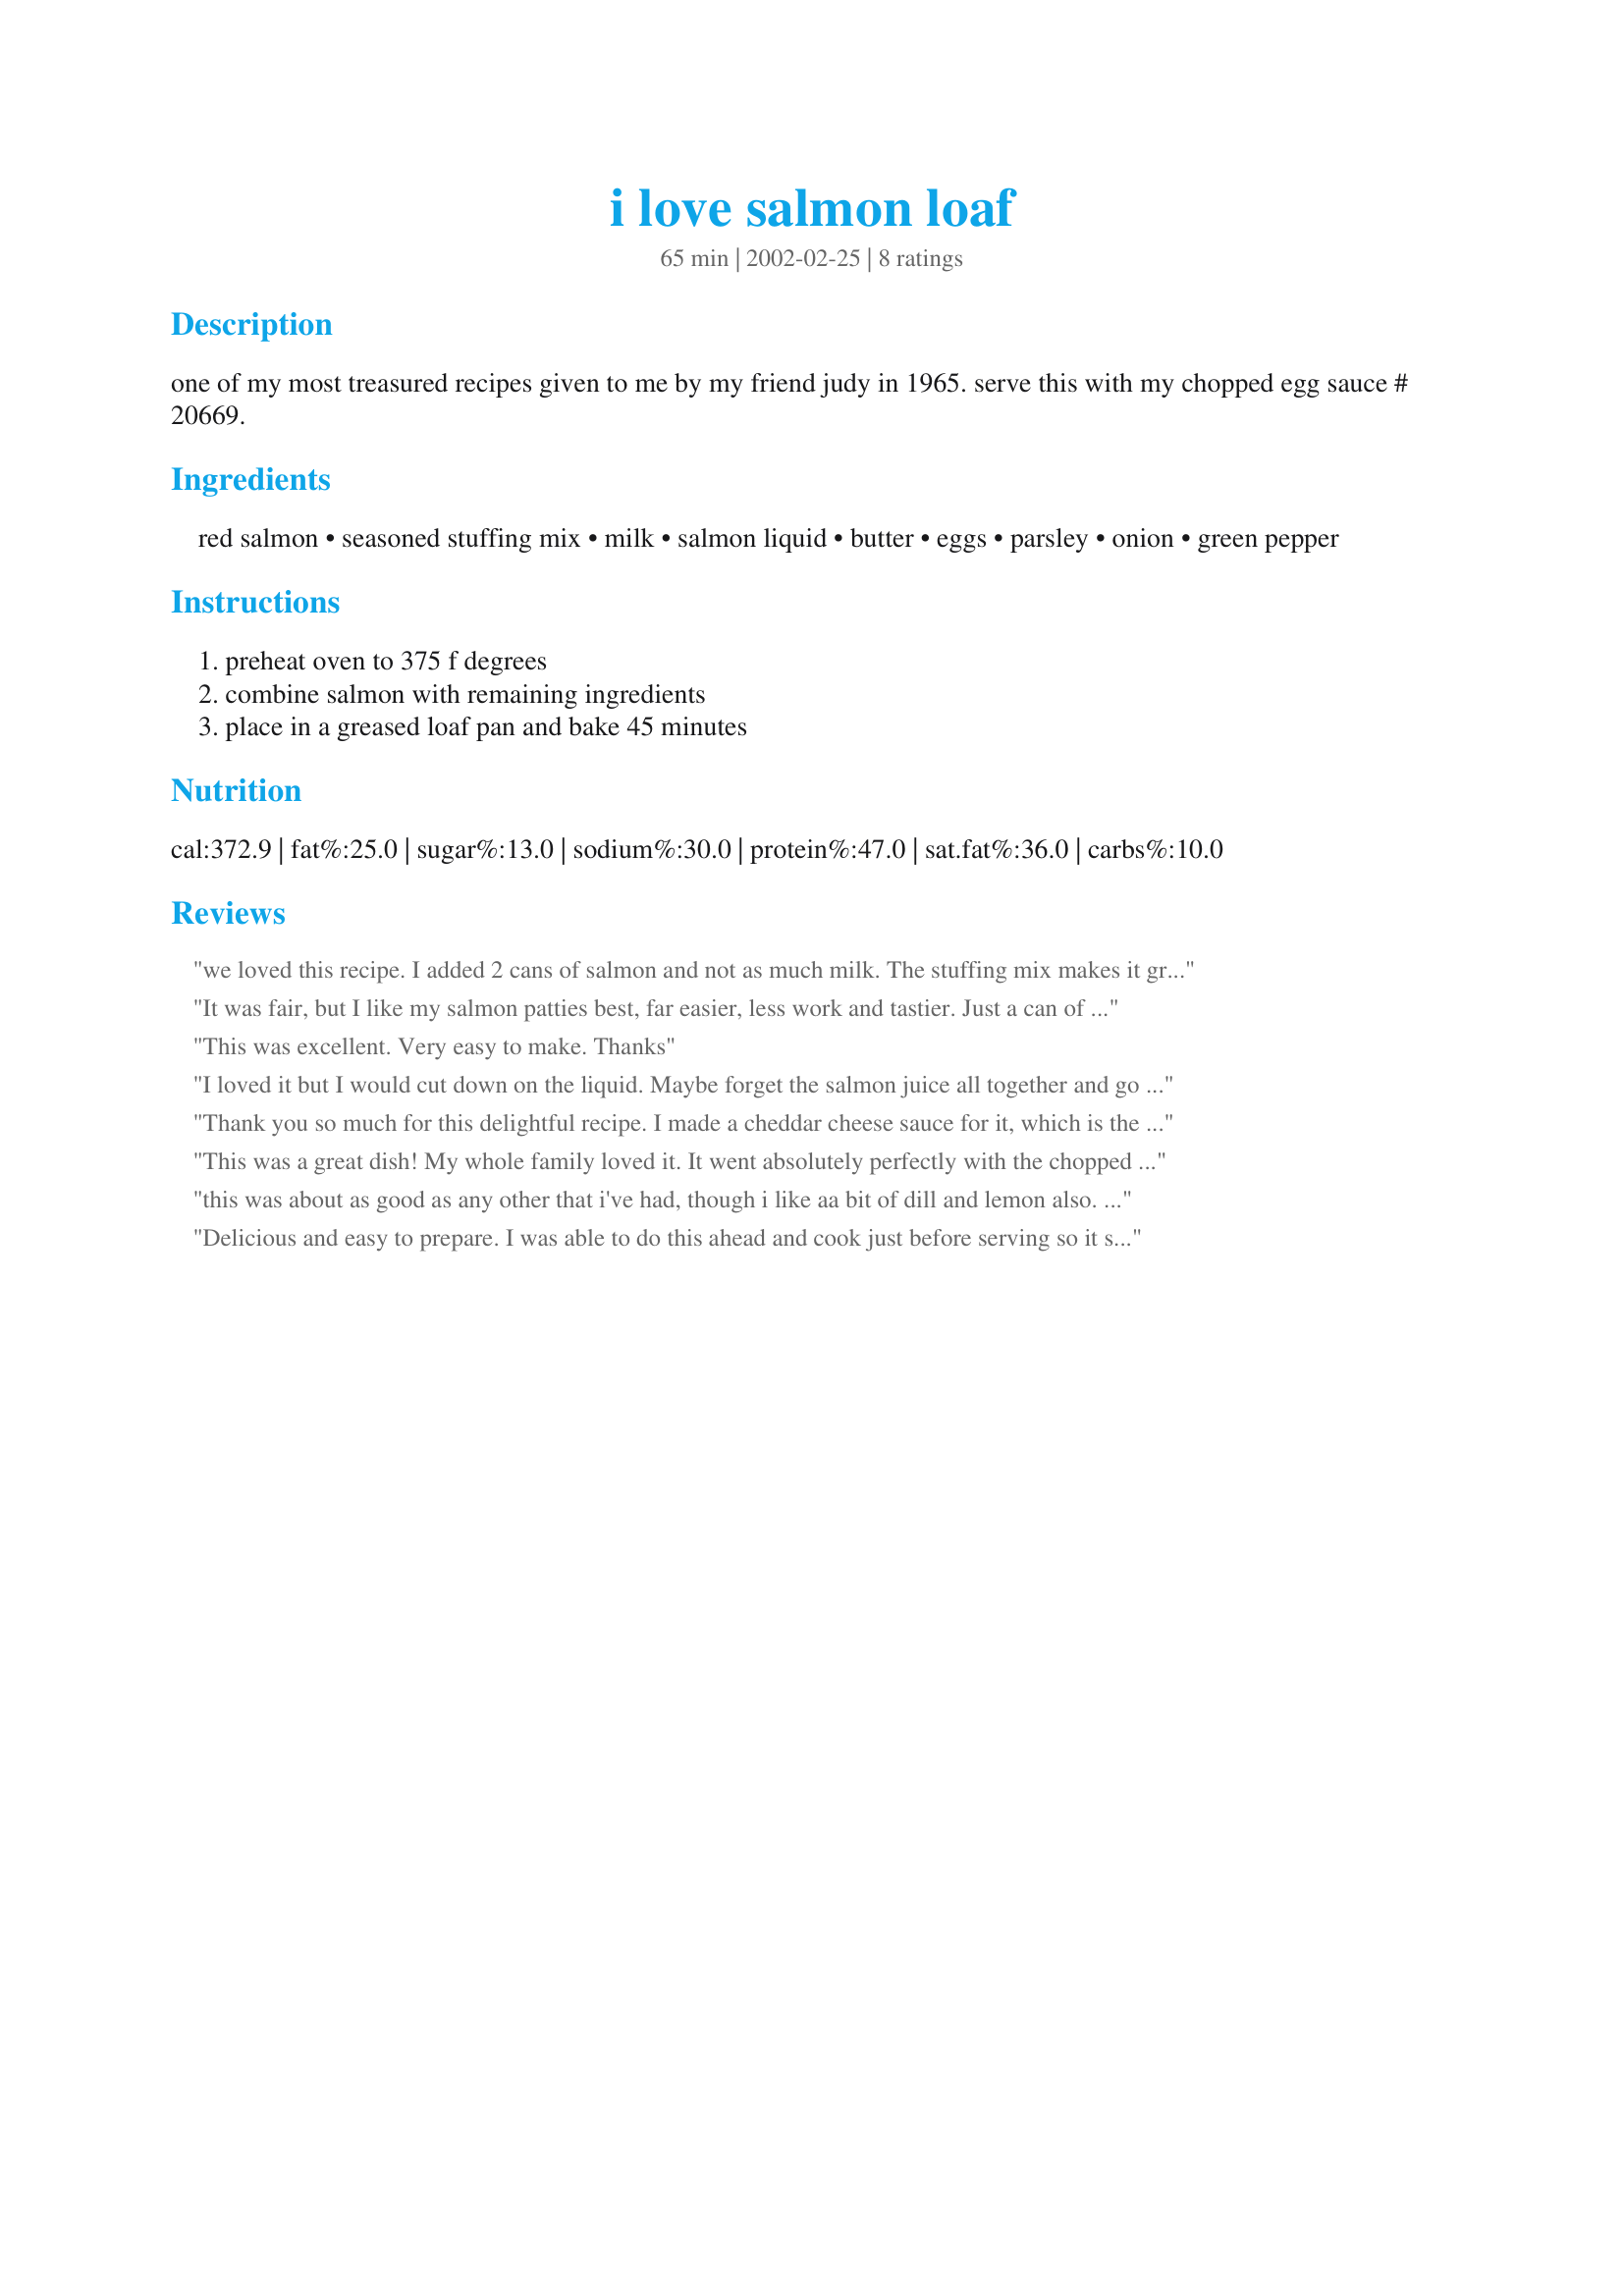
i love salmon loaf
Preparation time: 65 minutes

one of my most treasured recipes given to me by my friend judy in 1965. serve this with my chopped egg sauce # 20669.

Ingredients:
red salmon, seasoned stuffing mix, milk, salmon liquid, butter, eggs, parsley, onion, green pepper

Steps:
preheat oven to 375 f degrees, combine salmon with remaining ingredients, place in a greased loaf pan and bake 45 minutes

Reviews:
we loved this recipe. I added 2 cans of salmon and not as much milk. The stuffing mix makes it great.
It was fair, but I like my salmon patties best, far easier, less work and tastier. Just a can of salmon, cracker crumbs, egg and some onion, and fry, delicious!
This was excellent. Very easy to make. Thanks
I loved it but I would cut down on the liquid. Maybe forget the salmon juice all together and go easier on the milk
Thank you so much for this delightful recipe. I made a cheddar cheese sauce for it, which is the way the school cooks served it when I was a child, and it was outstanding!
This was a great dish! My whole family loved it. It went absolutely perfectly with the chopped egg sauce! I took a few bites of this without the chopped egg sauce, and it just wasn\'t the same without it, so if you\'re going to make this, make sure you serve it with the chopped egg sauce!! One thing I did differently was to reduce the heat to 350 F and bake the loaf about 10 minutes longer... it helped the loaf \
this was about as good as any other that i've had, though i like aa bit of dill and lemon also. i really wanted the chopped egg sauce recipe but couldn't find it.
- daniel paul
Delicious and easy to prepare. I was able to do this ahead and cook just before serving so it saved a lot of time. Everyone enjoyed it.
